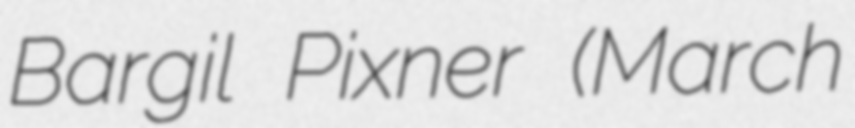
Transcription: Bargil Pixner (March